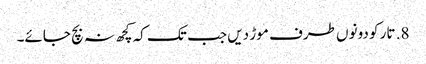
8. تار کو دونوں طرف موڑ دیں جب تک کہ کچھ نہ بچ جائے۔